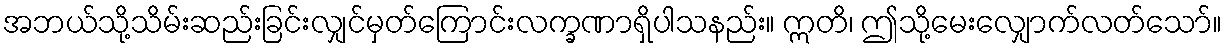
အဘယ်သို့သိမ်းဆည်းခြင်းလျှင်မှတ်ကြောင်းလက္ခဏာရှိပါသနည်း။ ဣတိ၊ ဤသို့မေးလျှောက်လတ်သော်။